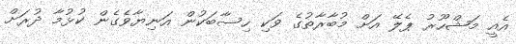
އެއީ މަޝްހޫރު ޕެލޭ އަށް މުބާރާތުގެ ވަކި ހިސާބަކުން އަނިޔާވެގެން ކުޅުމާ ދުރަށް